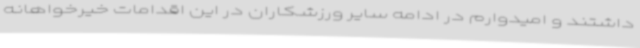
داشتند و امیدوارم در ادامه سایر ورزشکاران در این اقدامات خیرخواهانه